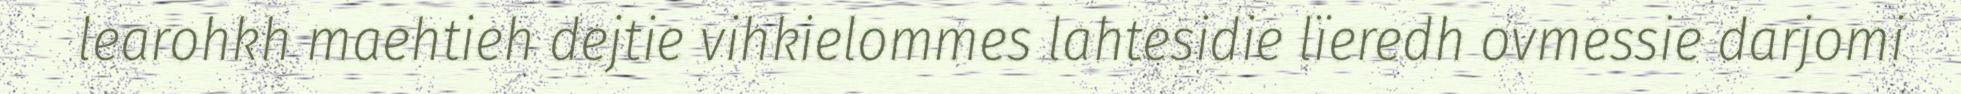
learohkh maehtieh dejtie vihkielommes lahtesidie lïeredh ovmessie darjomi